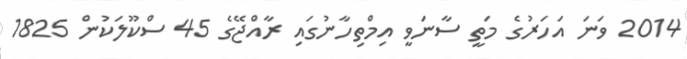
2014 ވަނަ އަހަރުގެ މަތީ ސާނަވީ އިމްތިހާނުގައި ރާއްޖޭގެ 45 ސްކޫލަކުން 1825